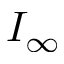
I _ { \infty }